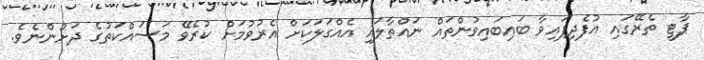
ޕާޓީ ތެރޭގައި އުފެދިފައިވާ ބައިބައިވުންތައް ނައްތާލައި އެއްގަލަކަށް އެރުވުމަށް ކުރެވޭ މަސައްކަތުގެ ދަށުންނެވެ.